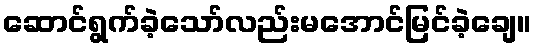
ဆောင်ရွက်ခဲ့သော်လည်းမအောင်မြင်ခဲ့ချေ။